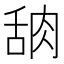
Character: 𬚸